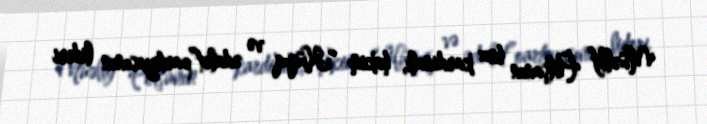
Müəllif Polşanın boz kardinalı, hakim “Hüquq və ədalət”partiyasının lideri